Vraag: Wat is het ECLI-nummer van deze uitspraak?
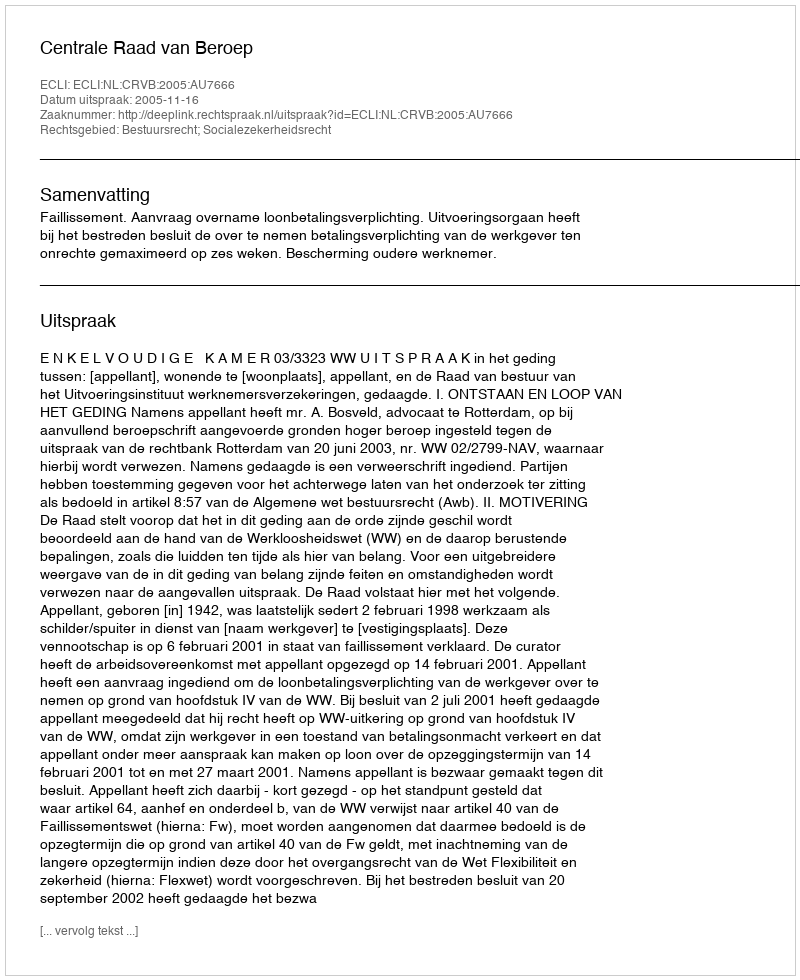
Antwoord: ECLI:NL:CRVB:2005:AU7666